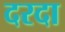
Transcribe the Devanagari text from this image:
दरदा